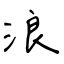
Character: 浪